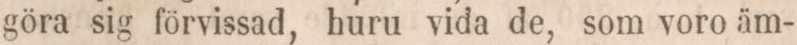
göra sig förvissad, huru vida de, som voro äm-